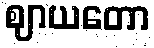
ဈာယတော